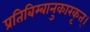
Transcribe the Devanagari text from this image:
प्रतिबिम्बानुकारकृत्‌।